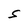
Character: S